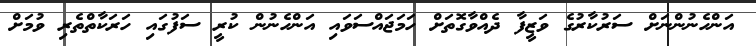
އަންހެނުންނަށް ސަރުކާރުގެ ވަޒީފާ ދެއްވާގޮތަށް ހަމަޖައްސަވައި އަންހެނުން ކުރީ ސަފުގައި ހަރަކާތްތެރި ވުމަށް